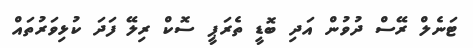
ޓަނެލް ރޭސް ދުވުން އަދި ބޮޑީ ތެރަޕީ ސޮކް ރިލޭ ފަދަ ކުޅިވަރުތައް